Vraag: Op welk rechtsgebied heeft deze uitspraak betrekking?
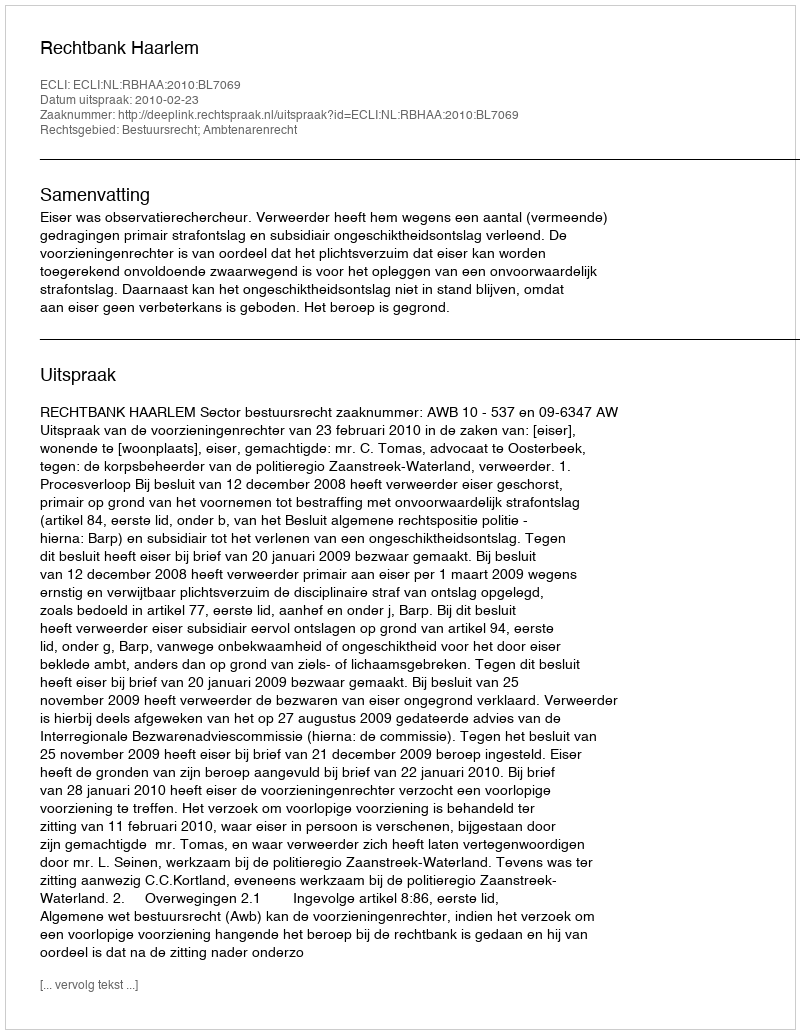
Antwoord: Bestuursrecht; Ambtenarenrecht